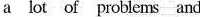
a lot of problems and